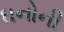
ઘનોની